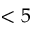
< 5